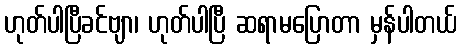
ဟုတ်ပါပြီခင်ဗျာ၊ ဟုတ်ပါပြီ ဆရာမပြောတာ မှန်ပါတယ်